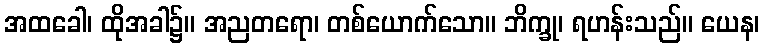
အထခေါ၊ ထိုအခါ၌။ အညတရော၊ တစ်ယောက်သော။ ဘိက္ခု၊ ရဟန်းသည်။ ယေန၊